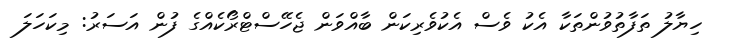
ހިޔާލު ތަފާތުވުންތަކާ އެކު ވެސް އެކުވެރިކަން ބާއްވަން ޖެހޭސްޓްރޯކެއްގެ ފުން އަސަރު: މިކަހަލަ